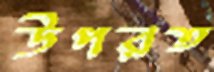
উপরত